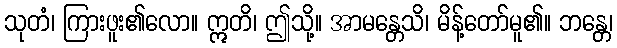
သုတံ၊ ကြားဖူး၏လော။ ဣတိ၊ ဤသို့။ အာမန္တေသိ၊ မိန့်တော်မူ၏။ ဘန္တေ၊